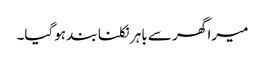
میرا گھر سے باہر نکلنا بند ہوگیا۔